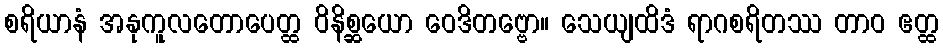
စရိယာနံ အနုကူလတောပေတ္ထ ဝိနိစ္ဆယော ဝေဒိတဗ္ဗော။ သေယျထိဒံ ရာဂစရိတဿ တာဝ ဧတ္ထ